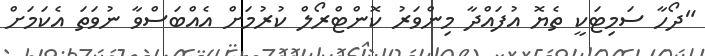
"ދޯހާ ސަމިޓަކީ ތެޔޮ އުފައްދާ މިންވަރު ކޮންޓްރޯލް ކުރުމަށް އެއްބަސްވާ ނުވަތަ އެކަމަށް